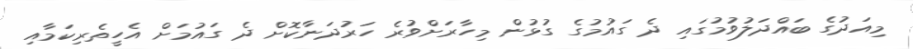
މިއަދުގެ ބައްދަލުވުމުގައި ދެ ގައުމުގެ ގުޅުން މިހާރަށްވުރެ ހަރުދަނާކޮށް ދެ ގައުމަށް އެހީތެރިކަމާއި